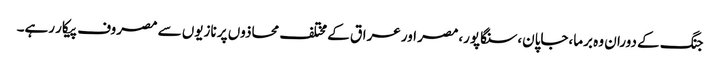
جنگ کے دوران وہ برما،جاپان،سنگاپور،مصر اور عراق کے مختلف محاذوں پر نازیوں سے مصروف پیکار رہے۔